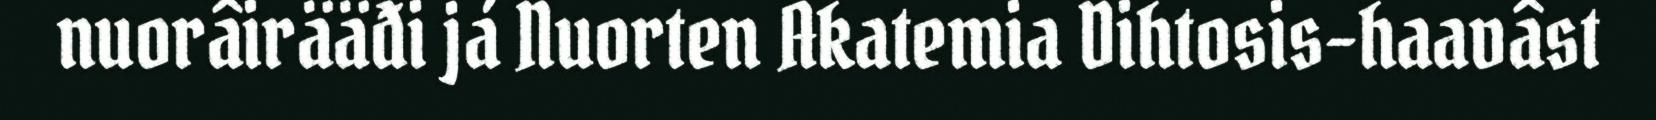
nuorâirääđi já Nuorten Akatemia Dihtosis-haavâst